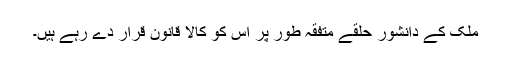
ملک کے دانشور حلقے متفقہ طور پر اس کو کالا قانون قرار دے رہے ہیں۔